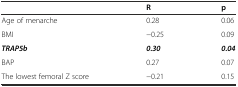
|  | R | p |
 | --- | --- | --- |
 | Age of menarche | 0.28 | 0.06 |
 | BMI | −0.25 | 0.09 |
 | TRAP5b | 0.30 | 0.04 |
 | BAP | 0.27 | 0.07 |
 | The lowest femoral Z score | −0.21 | 0.15 |